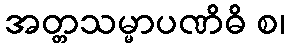
အတ္တသမ္မာပဏိဓိ စ၊